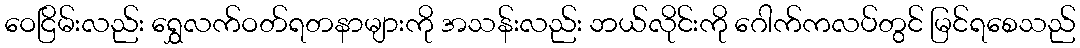
ဝေငြိမ်းလည်း ရွှေလက်ဝတ်ရတနာများကို အသန်းလည်း ဘယ်လိုင်းကို ဂေါက်ကလပ်တွင် မြင်ရစေသည်